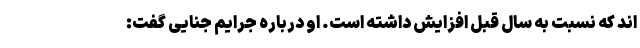
اند که نسبت به سال قبل افزایش داشته است. او درباره جرایم جنایی گفت: